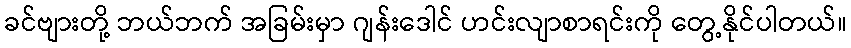
ခင်ဗျားတို့ ဘယ်ဘက် အခြမ်းမှာ ဂျန်းဒေါင် ဟင်းလျာစာရင်းကို တွေ့နိုင်ပါတယ်။